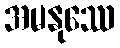
အမနုဿေ